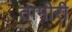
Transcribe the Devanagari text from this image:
तामीरी